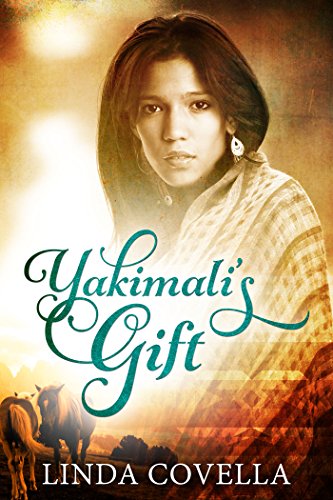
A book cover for Yakimali's Gift; Linda Covella; Teen & Young Adult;